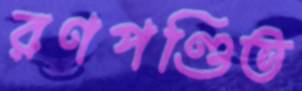
রণপণ্ডিত